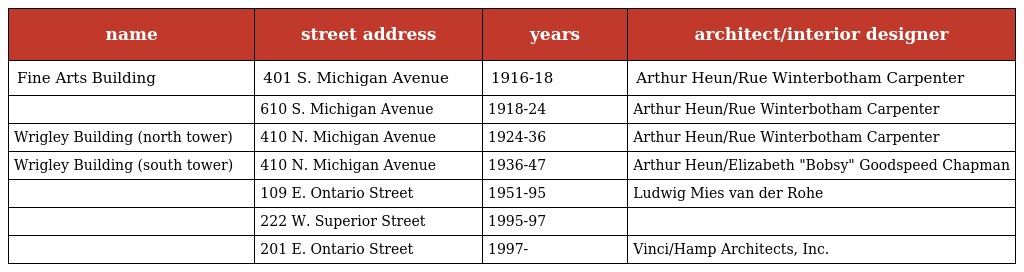
| name | street address | years | architect/interior designer |
 | --- | --- | --- | --- |
 | Fine Arts Building | 401 S. Michigan Avenue | 1916-18 | Arthur Heun/Rue Winterbotham Carpenter |
 |  | 610 S. Michigan Avenue | 1918-24 | Arthur Heun/Rue Winterbotham Carpenter |
 | Wrigley Building (north tower) | 410 N. Michigan Avenue | 1924-36 | Arthur Heun/Rue Winterbotham Carpenter |
 | Wrigley Building (south tower) | 410 N. Michigan Avenue | 1936-47 | Arthur Heun/Elizabeth "Bobsy" Goodspeed Chapman |
 |  | 109 E. Ontario Street | 1951-95 | Ludwig Mies van der Rohe |
 |  | 222 W. Superior Street | 1995-97 |  |
 |  | 201 E. Ontario Street | 1997- | Vinci/Hamp Architects, Inc. |